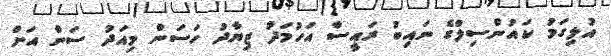
އުލިގަމު ކައުންސިލްގެ ނައިބު ރައީސް އަހުމަދު ޒިޔާދު ހަސަން މިއަދު ސަން އަށް